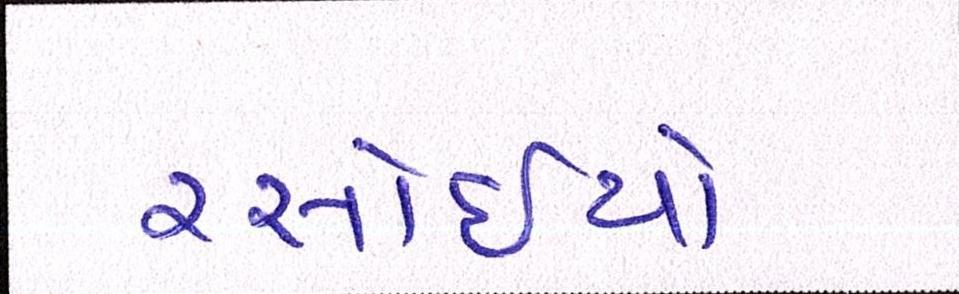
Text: રસોઈયો